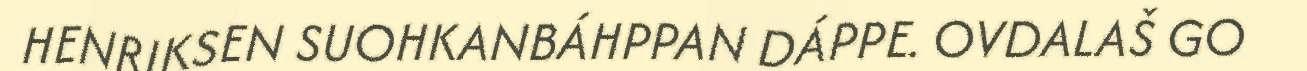
HENRIKSEN SUOHKANBÁHPPAN DÁPPE. OVDALAŠ GO